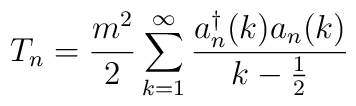
T_n= \frac{m^2}{2} \sum_{k=1}^\infty \frac{a_n^\dagger (k) a_n(k)}{k-\frac{1}{2}}